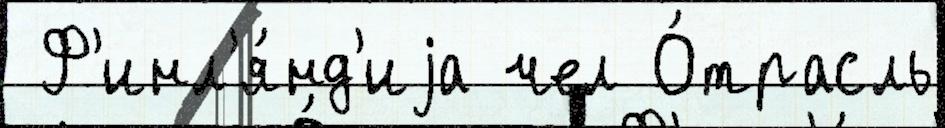
 Ф'инл'я́нд'иjа чел О́трасль